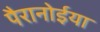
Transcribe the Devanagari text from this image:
पैरानोईया